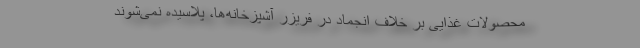
محصولات غذایی بر خلاف انجماد در فریزر آشپزخانه‌ها، پلاسیده نمی‌شوند